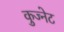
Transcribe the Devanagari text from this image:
कुज्नेट